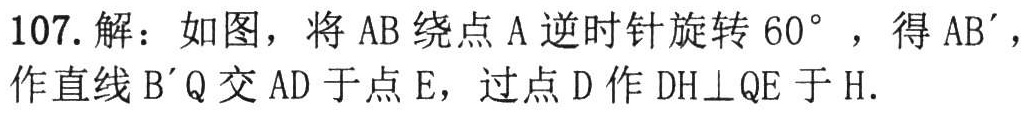
107. 解：如图，将 \(AB\) 绕点 \(A\) 逆时针旋转 \(60^{\circ}\) ，得 \(AB'\)，作直线 \(B'Q\) 交 \(AD\) 于点 \(E\)，过点 \(D\) 作 \(DH\perp QE\) 于 \(H\).